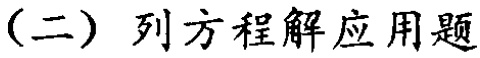
（二）列方程解应用题